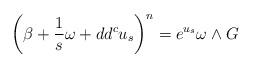
LaTeX: \begin{align*}\left(\beta + \frac{1}{s} \omega + dd^c u_s \right)^n = e^{u_s} \omega \wedge G\end{align*}